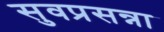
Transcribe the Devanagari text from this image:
सुवप्रसन्ना